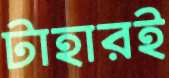
টাহারই